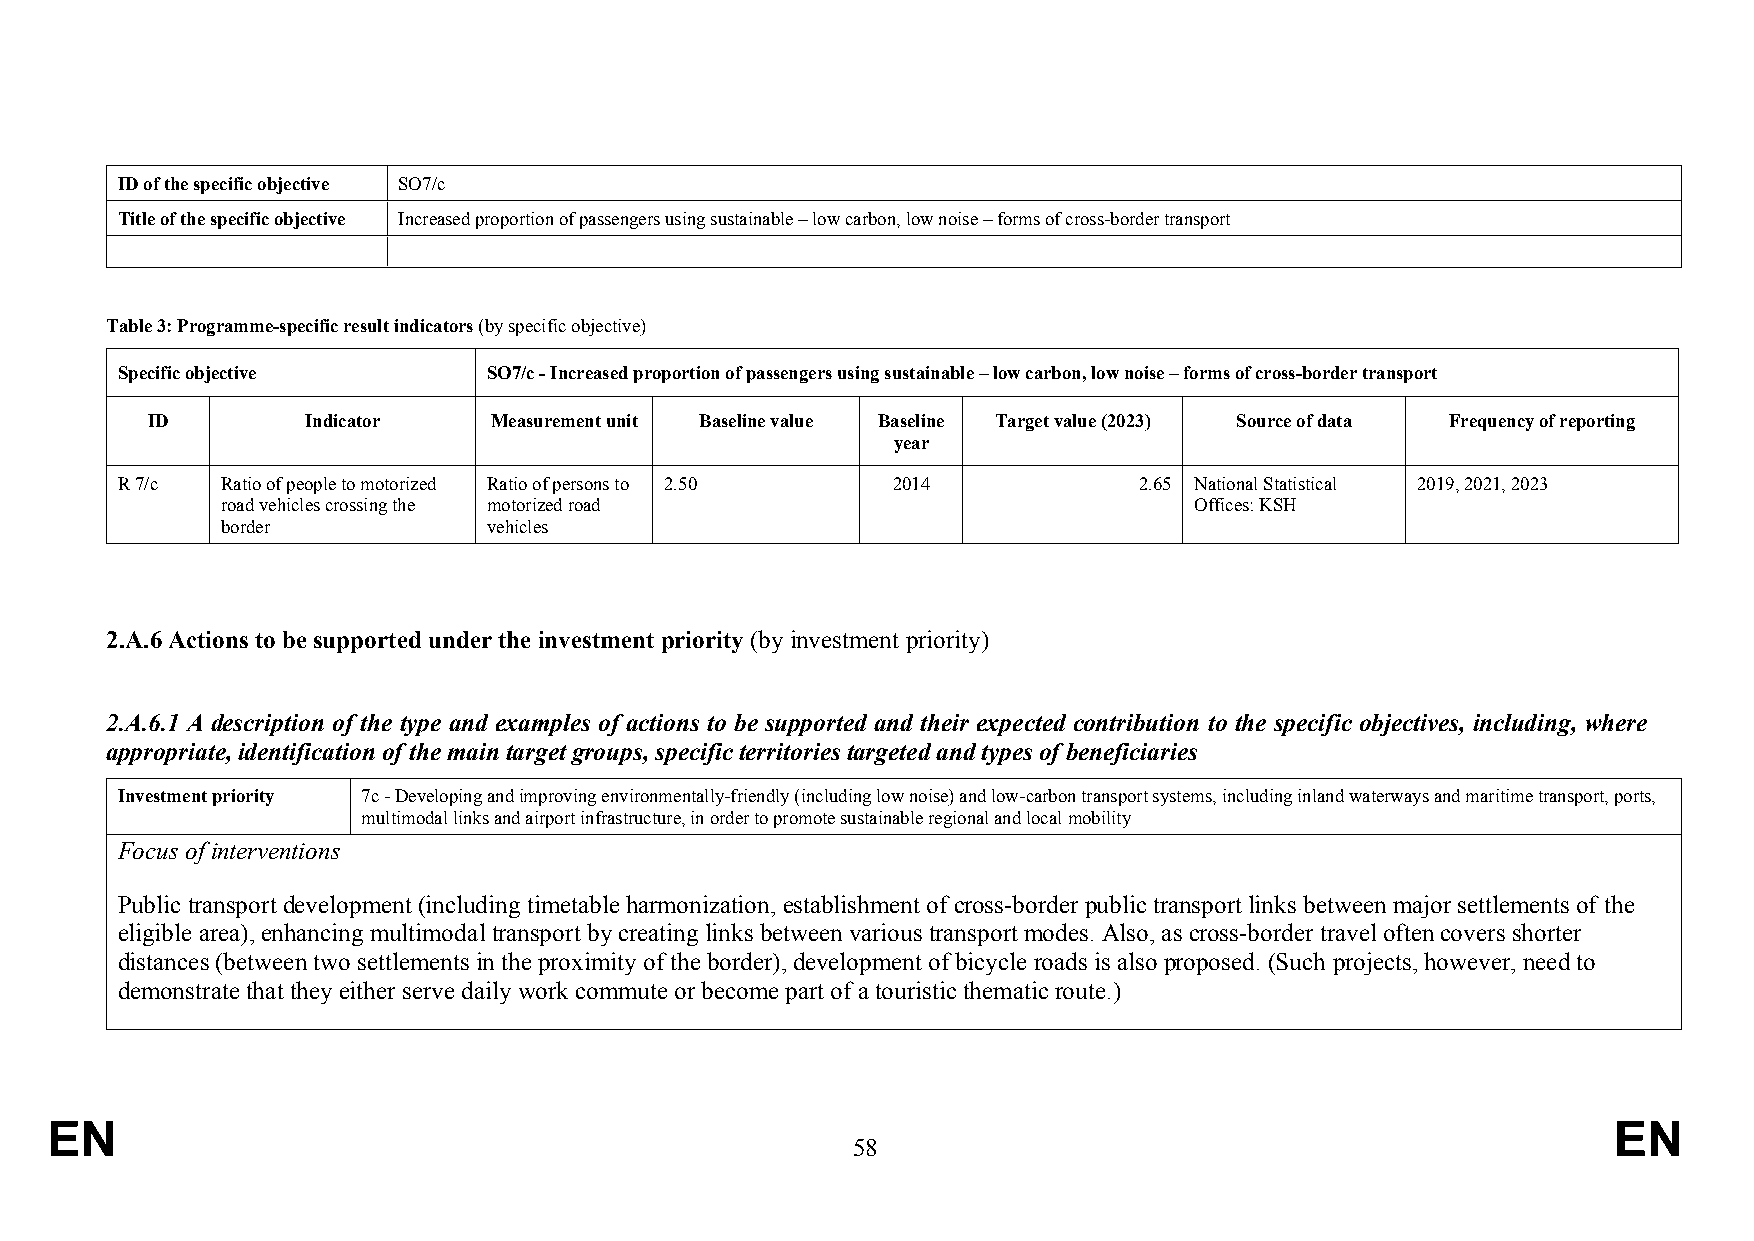
ID of the specific objective SO7/c
 Title of the specific objective Increased proportion of passengers using sustainable – low carbon, low noise – forms of cross-border transport
 Table 3: Programme-specific result indicators (by specific objective)
 Specific objective      SO7/c - Increased proportion of passengers using sustainable – low carbon, low noise – forms of cross-border transport
 ID        Indicator   Measurement unit Baseline value Baseline Target value (2023) Source of data Frequency of reporting
 year
 R 7/c  Ratio of people to motorized Ratio of persons to 2.50 2014  2.65 National Statistical 2019, 2021, 2023
 road vehicles crossing the motorized road                       Offices: KSH
 border           vehicles
 2.A.6 Actions to be supported under the investment priority (by investment priority)
 2.A.6.1 A description of the type and examples of actions to be supported and their expected contribution to the specific objectives, including, where
 appropriate, identification of the main target groups, specific territories targeted and types of beneficiaries
 Investment priority 7c - Developing and improving environmentally-friendly (including low noise) and low-carbon transport systems, including inland waterways and maritime transport, ports,
 multimodal links and airport infrastructure, in order to promote sustainable regional and local mobility
 Focus of interventions
 Public transport development (including timetable harmonization, establishment of cross-border public transport links between major settlements of the
 eligible area), enhancing multimodal transport by creating links between various transport modes. Also, as cross-border travel often covers shorter
 distances (between two settlements in the proximity of the border), development of bicycle roads is also proposed. (Such projects, however, need to
 demonstrate that they either serve daily work commute or become part of a touristic thematic route.)
 EN                                                                                                      EN
 58